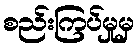
စည်းကြပ်မှုမှ